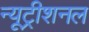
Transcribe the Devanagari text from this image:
न्यूट्रीशनल